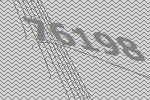
76198